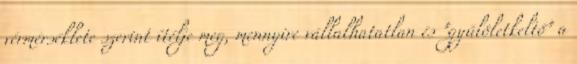
vérmérséklete szerint ítélje meg, mennyire vállalhatatlan és "gyűlöletkeltő" a